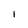
Character: l